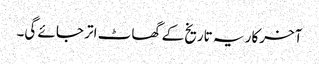
آخرکار یہ تاریخ کے گھاٹ اتر جائے گی۔